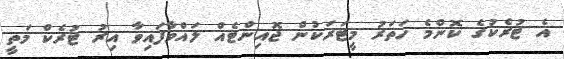
އެ ޓުރެކުގެ ކޮންމެ ހަތަރު މީޓަރަކުން ޖޮއިންޓެއް ލައްވާފައިވާ އިރު ޓުރެކް މަތީ